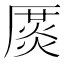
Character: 𠪛